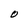
Character: O